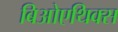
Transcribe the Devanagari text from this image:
बिओएथिक्स